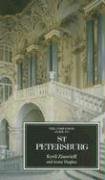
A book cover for The Companion Guide to St Petersburg (Companion Guides); Kyril Zinovieff; Travel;